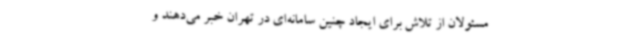
مسئولان از تلاش برای ایجاد چنین سامانه‌ای در تهران خبر می‌دهند و